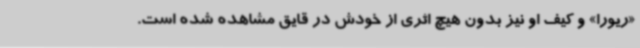
«ریورا» و کیف او نیز بدون هیچ اثری از خودش در قایق مشاهده شده است.